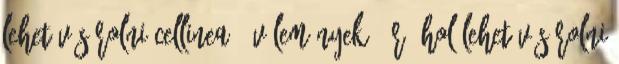
lehet vásárolni Cellinea – vélemények, ár, hol lehet vásárolni